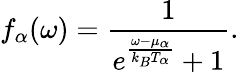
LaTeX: f_{\alpha}(\omega)=\frac{1}{e^{\frac{\omega-\mu_{\alpha}}{k_{B}T_{\alpha}}}+1}.